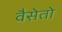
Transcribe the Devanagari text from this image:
वैसेतो